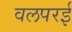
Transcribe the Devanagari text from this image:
वलपरई